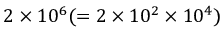
2 \times 1 0 ^ { 6 } ( = 2 \times 1 0 ^ { 2 } \times 1 0 ^ { 4 } )